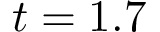
t = 1 . 7